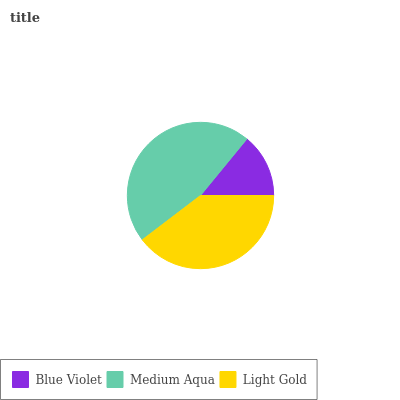
| Blue Violet | Medium Aqua | Light Gold |
 | --- | --- | --- |
 | 14.1% | 46.3% | 39.6% |